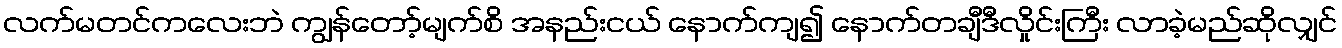
လက်မတင်ကလေးဘဲ ကျွန်တော့်မျက်စိ အနည်းငယ် နောက်ကျ၍ နောက်တချီဒီလှိုင်းကြီး လာခဲ့မည်ဆိုလျှင်